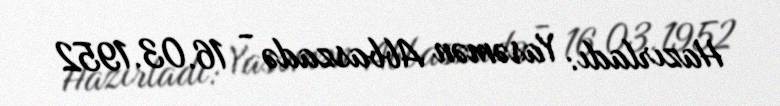
Hazırladı: Yasəmən Abbaszadə - 16.03.1952